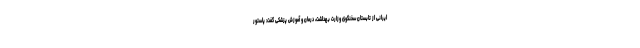
ایرانی از تابستان سخنگوی وزارت بهداشت، درمان و آموزش پزشکی گفت: پاستور